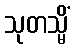
သုတသ္မိံ